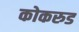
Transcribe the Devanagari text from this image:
कोकरुड